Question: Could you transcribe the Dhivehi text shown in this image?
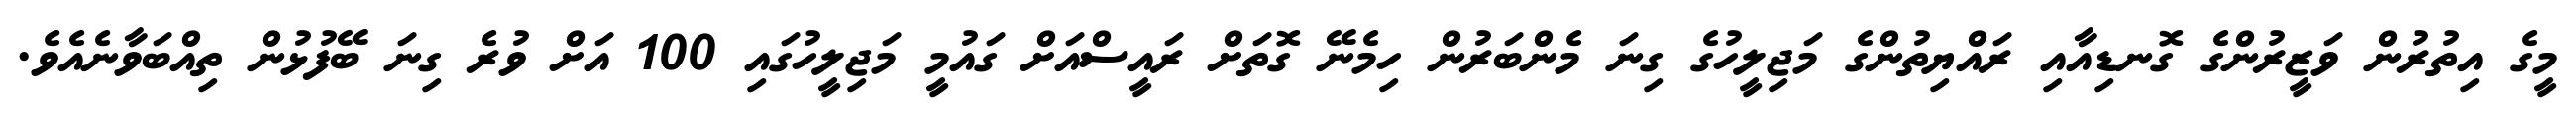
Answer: މީގެ އިތުރުން ވަޒީރުންގެ ގޮނޑިއާއި ރައްޔިތުންގެ މަޖިލީހުގެ ގިނަ މެންބަރުން ހިމެނޭ ގޮތަށް ރައީސްއަށް ގައުމީ މަޖިލީހުގައި 100 އަށް ވުރެ ގިނަ ބޭފުޅުން ތިއްބަވާނެއެވެ.